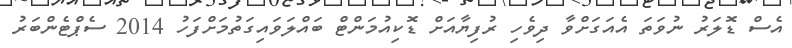
އެސް ޑޮލަރު ނުވަތަ އެއަގަށްވާ ދިވެހި ރުފިޔާއަށް ޑޮކިއުމަންޓް ބައްލަވައިގަތުމަށްފަހު 2014 ސެޕްޓެންބަރު